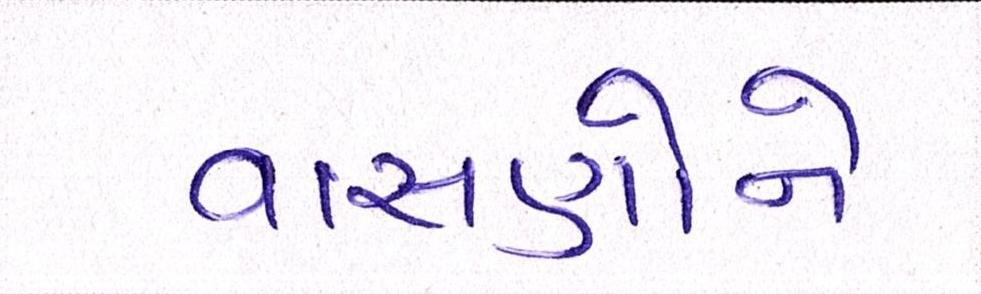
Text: વાસણોને